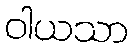
ဝါယသာ